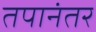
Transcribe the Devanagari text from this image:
तपानंतर